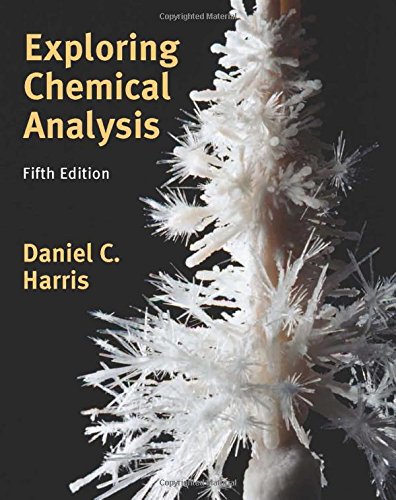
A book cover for Exploring Chemical Analysis; Daniel C. Harris; Science & Math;